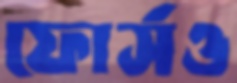
ফোর্সও